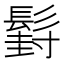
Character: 𮫍